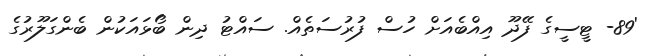
'89- ޓީސީގެ ފޭދޫ އިއްބެއަށް ހުސް ފުރުސަތެއް. ސައްޓު ދިން ބޯޅައަކުން ބެންގަލޫރުގެ